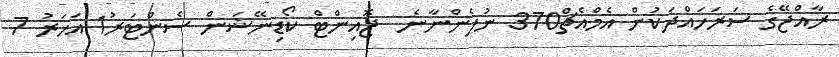
ރާއްޖޭގެ ސަރަހައްދަކުން އެމްއެޗް370 ނުފެންނާނެ  ޖޮއިންޓް ކޯޑިނޭޝަންް ސެންޓަރު1 އަހަރު 7